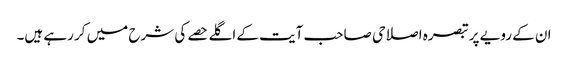
ان کے رویے پر تبصرہ اصلاحی صاحب آیت کے اگلے حصے کی شرح میں کر رہے ہیں۔